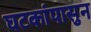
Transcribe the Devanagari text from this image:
घटकांपासुन